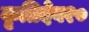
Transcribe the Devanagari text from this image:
कृतिदेव१०